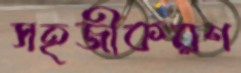
সহজীকরণ